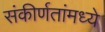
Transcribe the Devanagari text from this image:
संकीर्णतांमध्ये